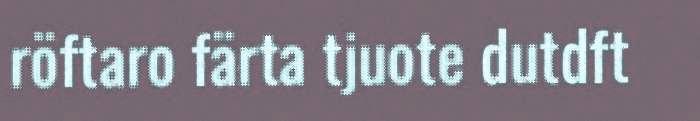
röftaro färta tjuote dutdft